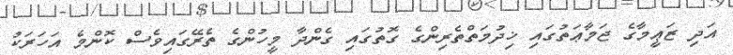
އަދި ޒަޢީމާގެ ޖަމާޢަތުގައި ޚިދުމަތްތެރިންގެ ގޮތުގައި ގެންދާ މީހުންގެ ތެރޭގައިވެސް ކޮންމެ އަހަރަކު